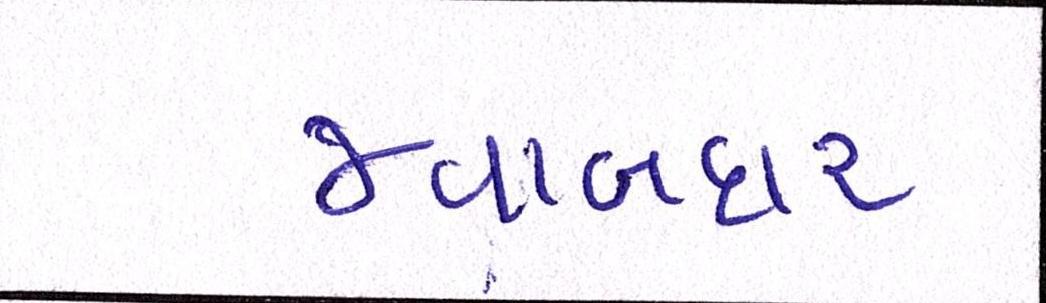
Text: જવાબદાર